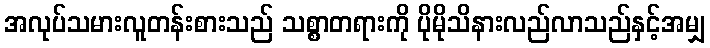
အလုပ်သမားလူတန်းစားသည် သစ္စာတရားကို ပိုမိုသိနားလည်လာသည်နှင့်အမျှ